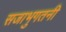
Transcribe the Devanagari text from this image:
सजाभुगतनी